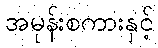
အမုန်းစကားနှင့်